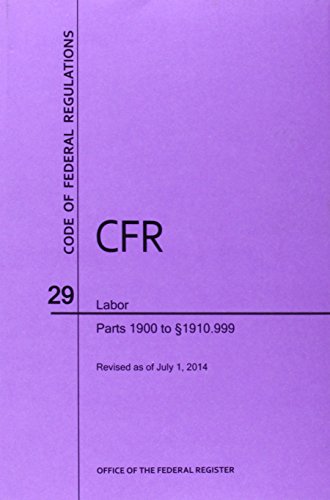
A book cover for Code of Federal Regulations Title 29 Labor: Part 1900 to 1910.999: Revised As of July 1, 2014; Law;